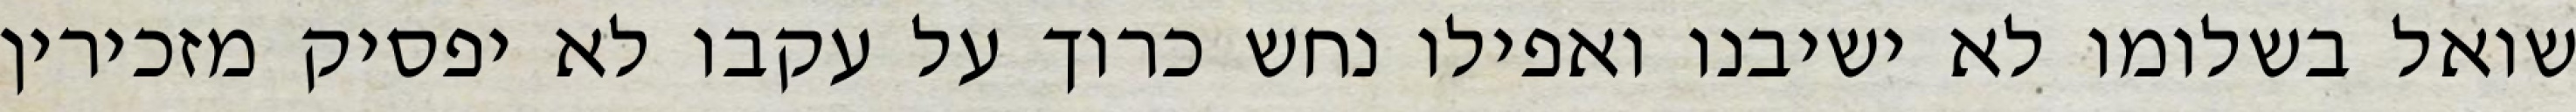
שואל בשלומו לא ישיבנו ואפילו נחש כרוך על עקבו לא יפסיק מזכירין